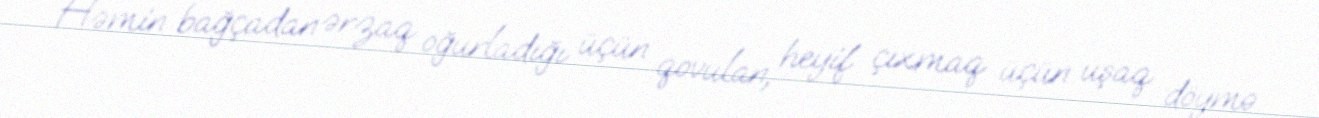
Həmin bağçadan ərzaq oğurladığı üçün qovulan, heyif çıxmaq üçün uşaq döymə